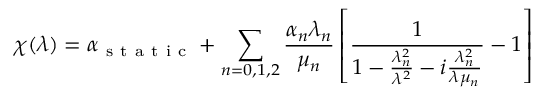
\chi ( \lambda ) = \alpha _ { \mathrm { ~ s ~ t ~ a ~ t ~ i ~ c ~ } } + \sum _ { n = 0 , 1 , 2 } \frac { \alpha _ { n } \lambda _ { n } } { \mu _ { n } } \left[ \frac { 1 } { 1 - \frac { \lambda _ { n } ^ { 2 } } { \lambda ^ { 2 } } - i \frac { \lambda _ { n } ^ { 2 } } { \lambda \mu _ { n } } } - 1 \right]